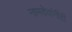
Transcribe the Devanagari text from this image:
नामदेवांनीही